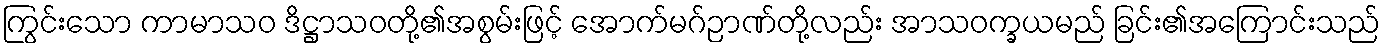
ကြွင်းသော ကာမာသဝ ဒိဋ္ဌာသဝတို့၏အစွမ်းဖြင့် အောက်မဂ်ဉာဏ်တို့လည်း အာသဝက္ခယမည် ခြင်း၏အကြောင်းသည်